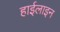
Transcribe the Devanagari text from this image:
हाईलाइन